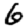
Digit: 6